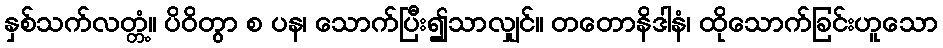
နှစ်သက်လတ္တံ့။ ပိဝိတွာ စ ပန၊ သောက်ပြီး၍သာလျှင်။ တတောနိဒါနံ၊ ထိုသောက်ခြင်းဟူသော